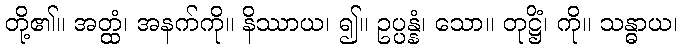
တို့၏။ အတ္ထံ၊ အနက်ကို။ နိဿာယ၊ ၍။ ဥပ္ပန္နံ၊ သော။ တုဋ္ဌိံ၊ ကို။ သန္ဓာယ၊